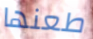
طعنها